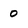
Character: 0